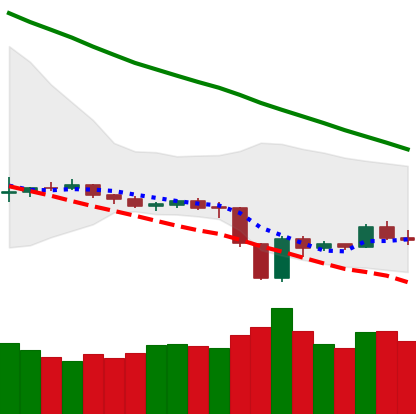
Ticker: LTC-USD
Chart end date: 2019-12-24
Forward return: 7.357%
Label: up_7plus